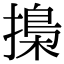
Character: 𢳚